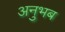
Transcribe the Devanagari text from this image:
अनुभब